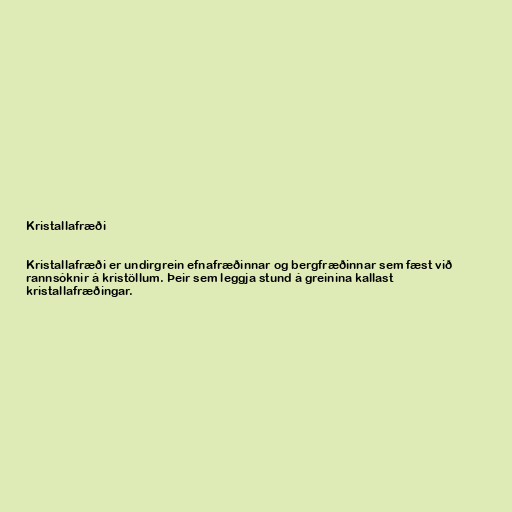
Kristallafræði

Kristallafræði er undirgrein efnafræðinnar og bergfræðinnar sem fæst við
rannsóknir á kristöllum. Þeir sem leggja stund á greinina kallast
kristallafræðingar.